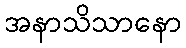
အနာသိသာနော